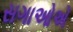
સગાઓએ